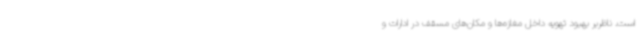
است. ناظربر بهبود تهویه داخل مغازه‌ها و مکان‌های مسقف در ادارات و